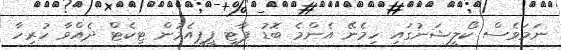
ނަމަވެސް ކޯލީޝަނުގައި ހިމެނޭ އެންމެ ބޮޑު ޕާޓީ ޕީޕީއެމުން ޓިކެޓް ދެއްވާ ހުރިހާ